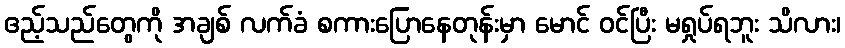
ဧည့်သည်တွေကို အချစ် လက်ခံ စကားပြောနေတုန်းမှာ မောင် ဝင်ပြီး မရှုပ်ရဘူး သိလား၊